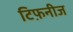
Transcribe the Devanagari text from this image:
टिफ़नीज